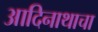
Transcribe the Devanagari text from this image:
आदिनाथाचा